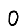
Digit: 0